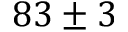
8 3 \pm 3